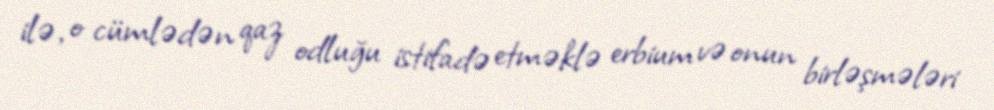
ilə, o cümlədən qaz odluğu istifadə etməklə erbium və onun birləşmələri